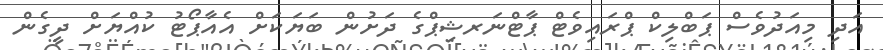
އަދި މިއަދުވެސް ޕަބްލިކް ޕްރައިވެޓް ޕާޓްނަރޝިޕްގެ ދަށުން ބަޔަކަށް އެއާޕޯޓު ކުއްޔަށް ދީގެން